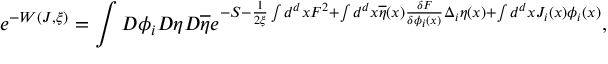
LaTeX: e ^ { - W ( J , \xi ) } = \int { \cal D } \phi _ { i } { \cal D } \eta { \cal D } \overline { { { \eta } } } e ^ { - S - \frac 1 { 2 \xi } \int d ^ { d } x F ^ { 2 } + \int d ^ { d } x \overline { { { \eta } } } ( x ) \frac { \delta F } { \delta \phi _ { i } ( x ) } \Delta _ { i } \eta ( x ) + \int d ^ { d } x J _ { i } ( x ) \phi _ { i } ( x ) } ,